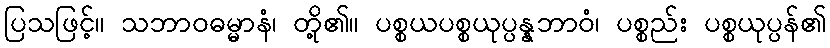
ပြသဖြင့်။ သဘာဝဓမ္မာနံ၊ တို့၏။ ပစ္စယပစ္စယုပ္ပန္နဘာဝံ၊ ပစ္စည်း ပစ္စယုပ္ပန်၏